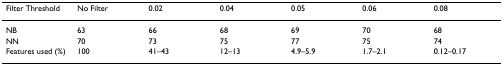
<table><thead><tr><td><b>Filter Threshold</b></td><td><b>No Filter</b></td><td><b>0.02</b></td><td><b>0.04</b></td><td><b>0.05</b></td><td><b>0.06</b></td><td><b>0.08</b></td></tr></thead><tbody><tr><td>NB</td><td>63</td><td>66</td><td>68</td><td>69</td><td>70</td><td>68</td></tr><tr><td>NN</td><td>70</td><td>73</td><td>75</td><td>77</td><td>75</td><td>74</td></tr><tr><td>Features used (%)</td><td>100</td><td>41–43</td><td>12–13</td><td>4.9–5.9</td><td>1.7–2.1</td><td>0.12–0.17</td></tr></tbody></table>